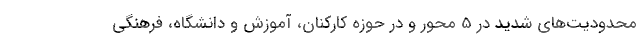
محدودیت‌های شدید در 5 محور و در حوزه کارکنان، آموزش و دانشگاه، فرهنگی